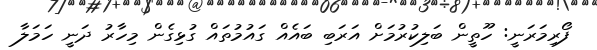
ފޯރިމަރަނީ: ހޫތީން ބަލިކުރުމަށް އަރަބި ބައެއް ގައުމުތައް ގުޅިގެން މިހާރު ދަނީ ހަމަލާ